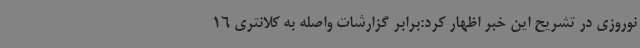
نوروزی در تشریح این خبر اظهار کرد:برابر گزارشات واصله به کلانتری 16